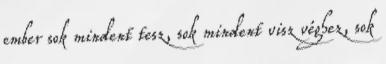
ember sok mindent tesz, sok mindent visz véghez, sok